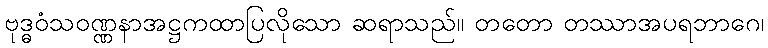
ဗုဒ္ဓဝံသဝဏ္ဏနာအဋ္ဌကထာပြလိုသော ဆရာသည်။ တတော တဿာအပရဘာဂေ၊